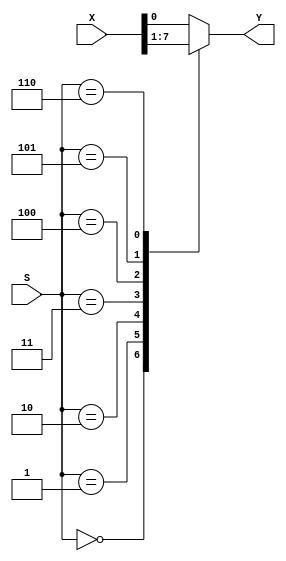
`timescale 1ns / 1ns
module multiplexer81(
	output reg Y,
	input [0:7] X,
	input [2:0] S
);

always @(*) begin
	case(S)
		3'b000: Y <= X[0];
		3'b001: Y <= X[1];
		3'b010: Y <= X[2];
		3'b011: Y <= X[3];
		3'b100: Y <= X[4];
		3'b101: Y <= X[5];
		3'b110: Y <= X[6];

		default: Y <= X[7];
	endcase
end

endmodule